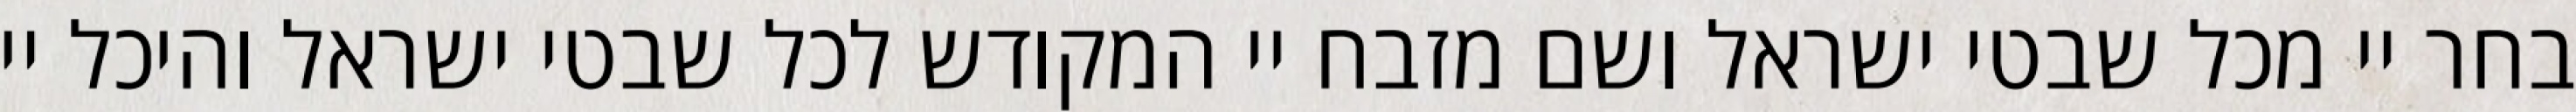
בחר יי מכל שבטי ישראל ושם מזבח יי המקודש לכל שבטי ישראל והיכל יי